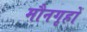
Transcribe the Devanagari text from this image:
मौनगृहों